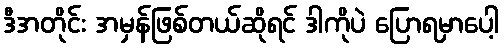
ဒီအတိုင်း အမှန်ဖြစ်တယ်ဆိုရင် ဒါကိုပဲ ပြောရမှာပေါ့